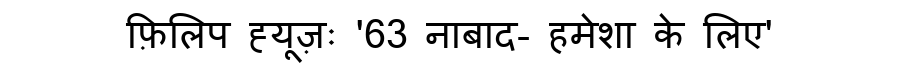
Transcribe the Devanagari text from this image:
फ़िलिप ह्यूज़ः '63 नाबाद- हमेशा के लिए'